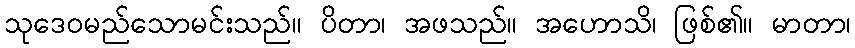
သုဒေဝမည်သောမင်းသည်။ ပိတာ၊ အဖသည်။ အဟောသိ၊ ဖြစ်၏။ မာတာ၊